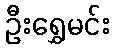
ဦးရွှေမင်း